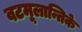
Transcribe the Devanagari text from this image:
वटमूलान्तिके